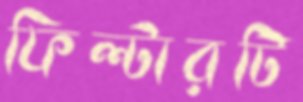
ফিল্টারটি